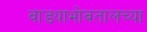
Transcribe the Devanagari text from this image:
वाड्याभोवतालच्या